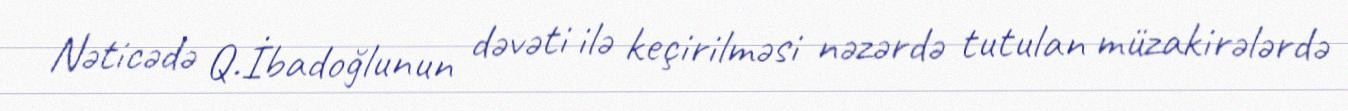
Nəticədə Q.İbadoğlunun dəvəti ilə keçirilməsi nəzərdə tutulan müzakirələrdə